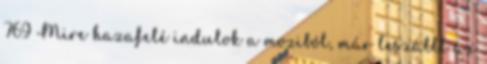
769 Mire hazafelé indulok a moziból, már leszállt az